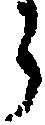
う